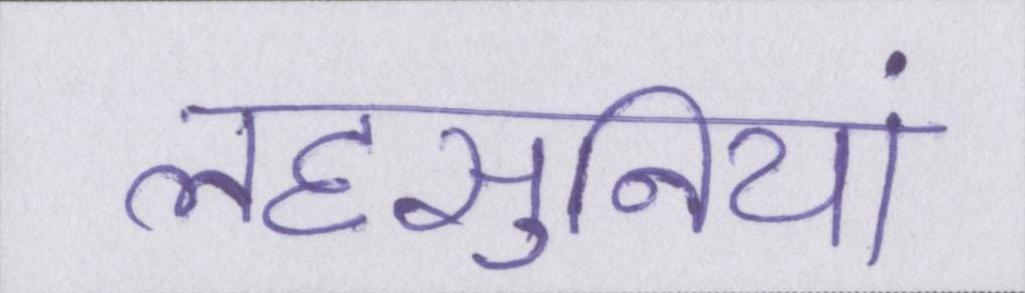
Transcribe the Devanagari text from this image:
लहसुनियां